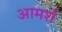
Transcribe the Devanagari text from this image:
आमर्श